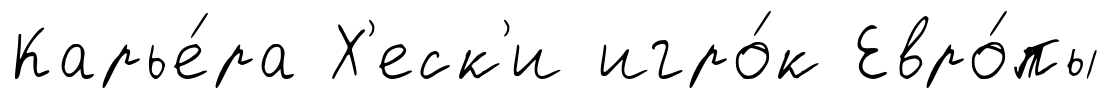
Карье́ра Х'еск'и игро́к Евро́пы